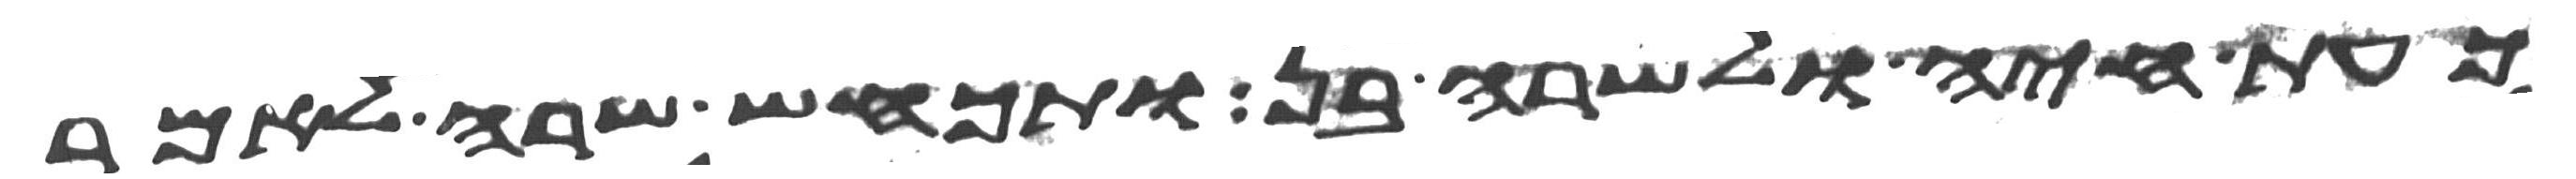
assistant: כעת חיה ולשרה בן ותכחש שרה לאמר